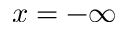
x = - \infty